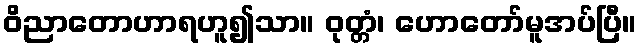
ဝိညာတောဟာရဟူ၍သာ။ ဝုတ္တံ၊ ဟောတော်မူအပ်ပြီ။